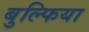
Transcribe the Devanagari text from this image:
बुल्फिया